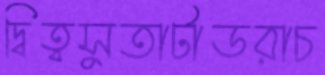
দ্বিত্বসুতাটাডরাচ